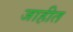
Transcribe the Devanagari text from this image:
जाहीत